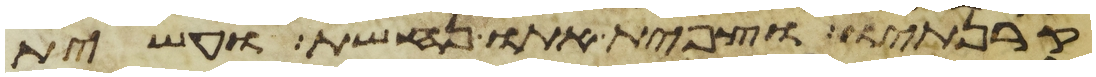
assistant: קרנתיו וצפית אתו נחשת ועשית